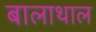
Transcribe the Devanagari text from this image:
बालाथाल